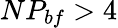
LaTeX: NP_{bf}>4